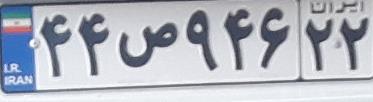
۴۴ص۹۴۶۲۲